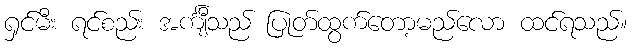
ရှင်မီး ရင်စည်း အင်္ကျီသည် ပြုတ်ထွက်တော့မည်လော ထင်ရသည်။